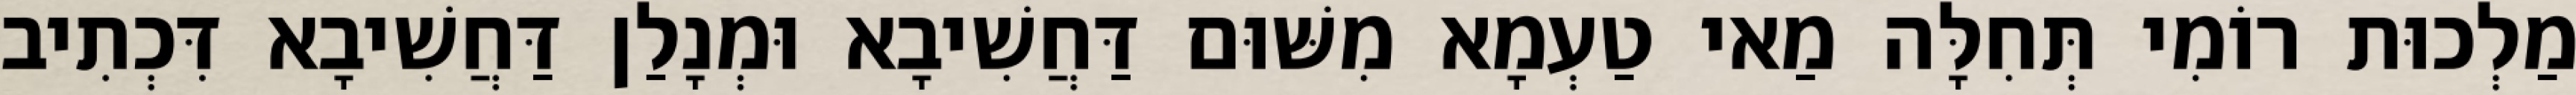
מַלְכוּת רוֹמִי תְּחִלָּה מַאי טַעְמָא מִשּׁוּם דַּחֲשִׁיבָא וּמְנָלַן דַּחֲשִׁיבָא דִּכְתִיב